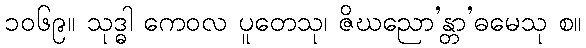
၁၀၆၉။ သုဒ္ဓါ ကေဝလ ပူတေသု၊ ဇိဃညော’န္တာ’ဓမေသု စ။